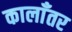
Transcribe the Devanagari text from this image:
कालाँतर